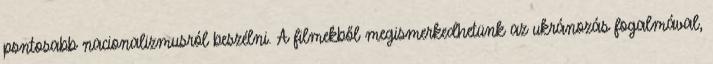
pontosabb nacionalizmusról beszélni. A filmekből megismerkedhetünk az ukránozás fogalmával,